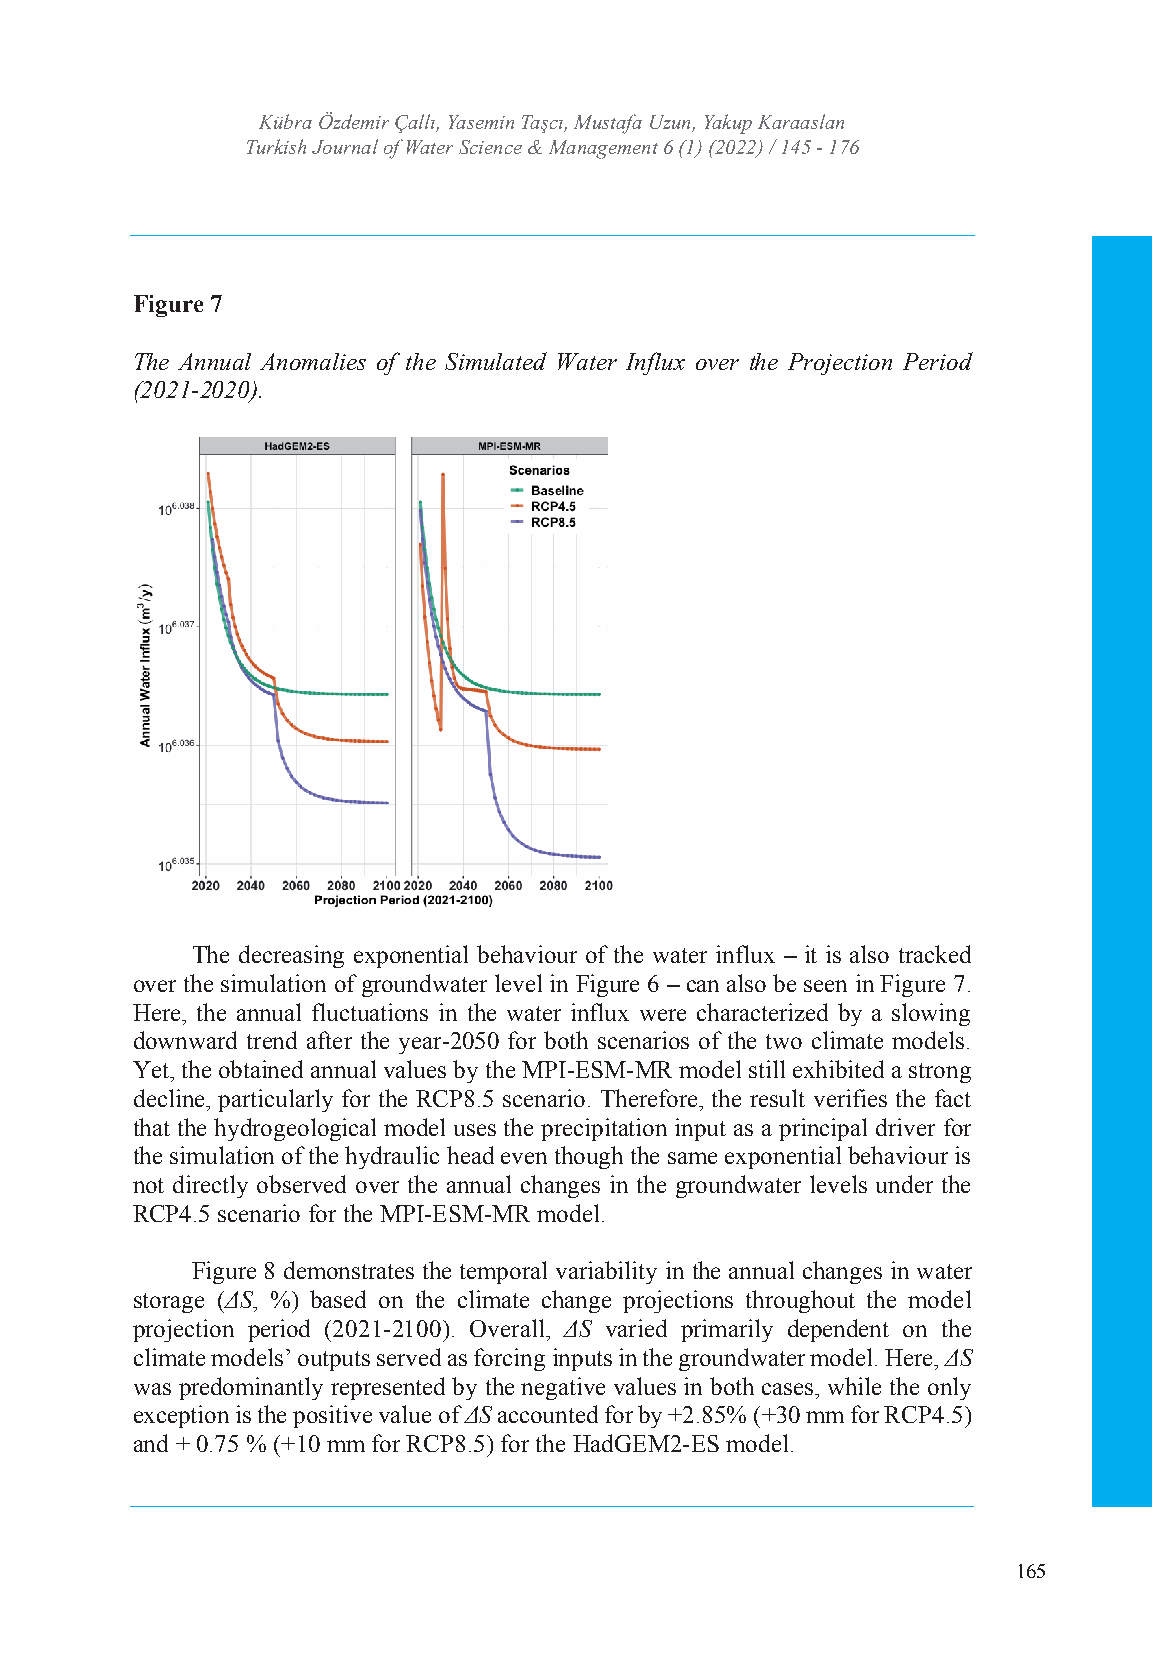
TURKISH JOURNAL OF WATER SCIENCE AND MANAGEMENT
 Kübra ÖzdTeumrkiri sÇha Jlolıu, rYnaasle omfi Wn Taateşrc ıS, cMieunsctea f&a UMzaunna, gYeamkuepn tKaraaslan
 Turkish Journal of WaIStSeNr :S 2c5i3e6n 4c7e4 &X /M e-aISnSaNg: e2m56e4n-7t 363 4(1) (2022) / 145 - 176
 Volume: 6 Issue: 1 Year: 2022
 Figure 7
 The Annual Anomalies of the Simulated Water Influx over the Projection Period
 (2021-2020).
 The decreasing exponential behaviour of the water influx – it is also tracked
 over the simulation of groundwater level in Figure 6 – can also be seen in Figure 7.
 Here, the annual fluctuations in the water influx were characterized by a slowing
 downward trend after the year-2050 for both scenarios of the two climate models.
 Yet, the obtained annual values by the MPI-ESM-MR model still exhibited a strong
 decline, particularly for the RCP8.5 scenario. Therefore, the result verifies the fact
 that the hydrogeological model uses the precipitation input as a principal driver for
 the simulation of the hydraulic head even though the same exponential behaviour is
 not directly observed over the annual changes in the groundwater levels under the
 RCP4.5 scenario for the MPI-ESM-MR model.
 Figure 8 demonstrates the temporal variability in the annual changes in water
 storage (ΔS, %) based on the climate change projections throughout the model
 projection period (2021-2100). Overall, ΔS varied primarily dependent on the
 climate models’ outputs served as forcing inputs in the groundwater model. Here, ΔS
 was predominantly represented by the negative values in both cases, while the only
 exception is the positive value of ΔS accounted for by +2.85% (+30 mm for RCP4.5)
 and + 0.75 % (+10 mm for RCP8.5) for the HadGEM2-ES model.
 165